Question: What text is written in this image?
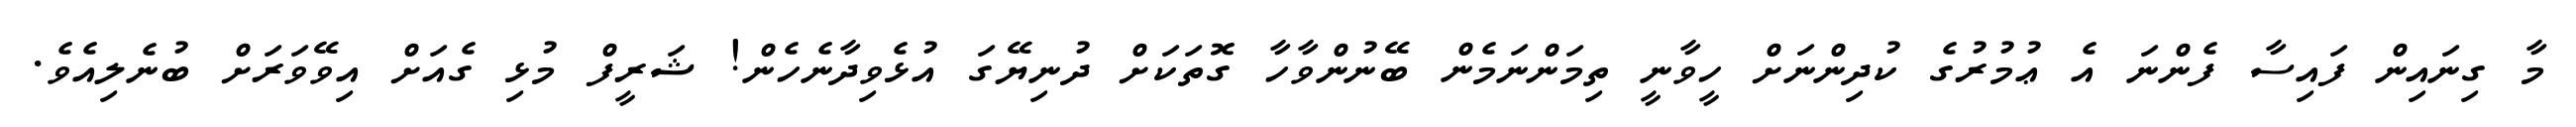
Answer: މާ ގިނައިން ފައިސާ ފެންނަ އެ ޢުމުރުގެ ކުދިންނަށް ހީވާނީ ތިމަންނަމެން ބޭނުންވާހާ ގޮތަކަށް ދުނިޔޭގަ އުޅެވިދާނެހެން! ޝަރީފް މުޅި ގެއަށް އިވޭވަރަށް ބުނެލިއެވެ.